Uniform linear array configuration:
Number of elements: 32
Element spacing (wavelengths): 0.25
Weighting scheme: kaiser
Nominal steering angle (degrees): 60
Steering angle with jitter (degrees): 60.035
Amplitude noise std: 0.05
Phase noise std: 0.05

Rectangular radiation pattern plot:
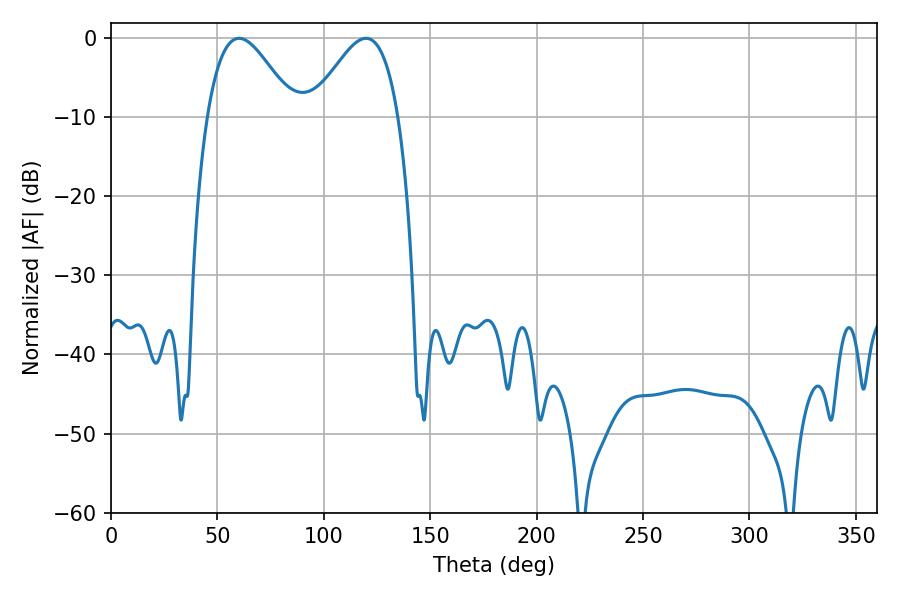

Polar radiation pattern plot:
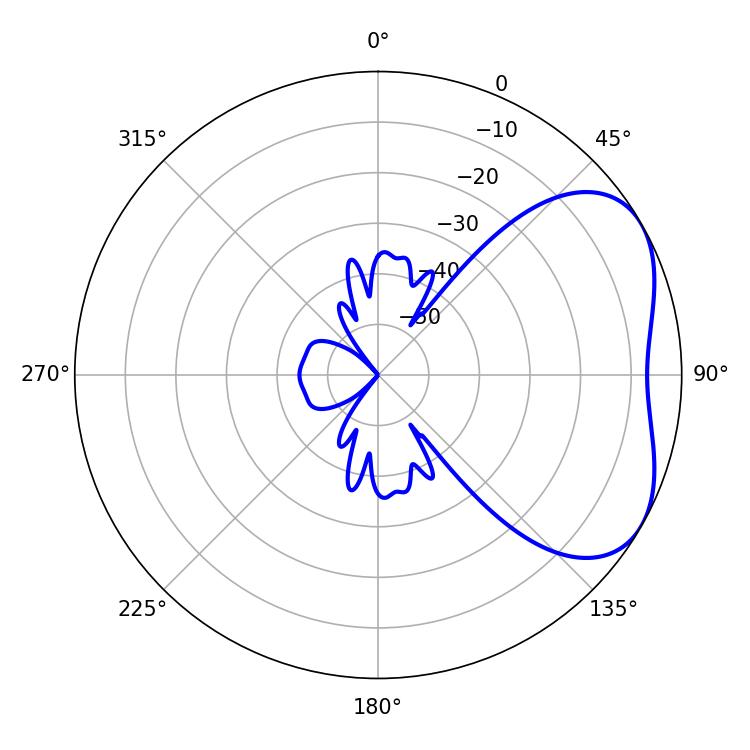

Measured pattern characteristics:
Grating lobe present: FALSE
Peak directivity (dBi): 4.203
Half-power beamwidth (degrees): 21.96
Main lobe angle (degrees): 60.12